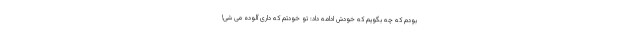
بودم که چه بگویم که خودش ادامه داد: تو خودتم که داری آلوده می ­شی!